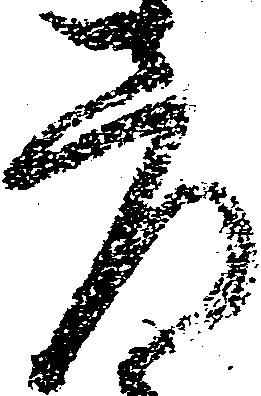
彦